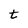
Character: t